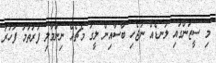
މި ސީޒަންގައި ލަނޑެއް ނުޖެހި ބާސާއިން ލީގު މެޗެއް ނިންމާލި ފުރަތަމަ ފަހަރު